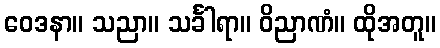
ဝေဒနာ။ သညာ။ သင်္ခါရာ။ ဝိညာဏံ။ ထိုအတူ။